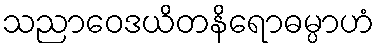
သညာဝေဒယိတနိရောဓမ္ပာဟံ